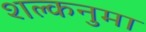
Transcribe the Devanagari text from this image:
शल्कनुमा